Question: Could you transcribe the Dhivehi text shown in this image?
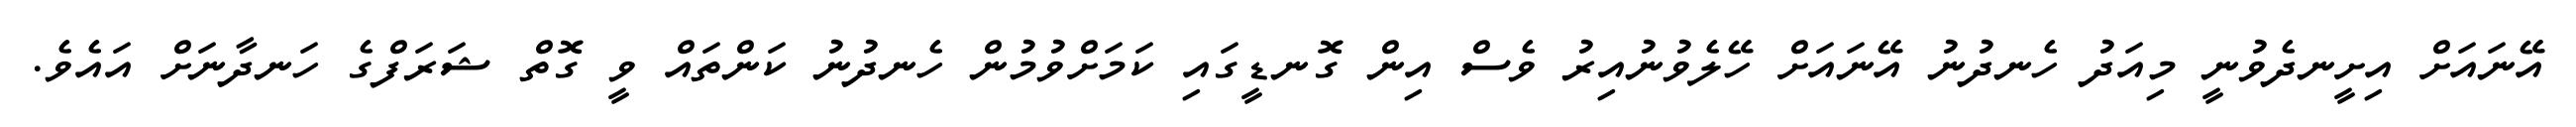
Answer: އޭނައަށް އިށީނދެވުނީ މިއަދު ހެނދުނު އޭނައަށް ހޭލެވުނުއިރު ވެސް އިން ގޮނޑީގައި ކަމަށްވުމުން ހެނދުނު ކަންތައް ވީ ގޮތް ޝަރަފްގެ ހަނދާނަށް އައެވެ.